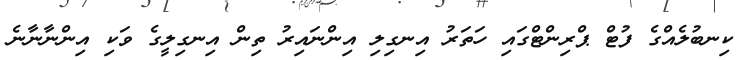
ކިނބުލެއްގެ ފުޓް ޕްރިންޓްގައި ހަތަރު އިނގިލި އިންނައިރު ތިން އިނގިލީގެ ވަކި އިންނާނާނެ